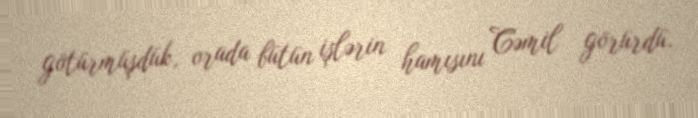
götürmüşdük, orada bütün işlərin hamısını Cəmil görürdü.